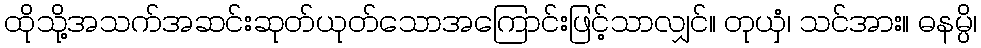
ထိုသို့အသက်အဆင်းဆုတ်ယုတ်သောအကြောင်းဖြင့်သာလျှင်။ တုယှံ၊ သင်အား။ ဓနမ္ပိ၊